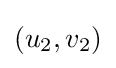
(u_{2},v_{2})